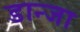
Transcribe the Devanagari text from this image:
डान्जा